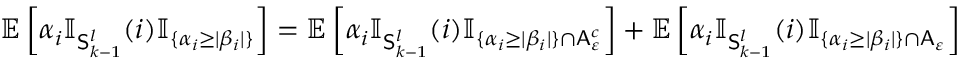
\mathbb { E } \left[ \alpha _ { i } \mathbb { I } _ { \mathsf { S } _ { k - 1 } ^ { l } } ( i ) \mathbb { I } _ { \{ \alpha _ { i } \geq | \beta _ { i } | \} } \right] = \mathbb { E } \left[ \alpha _ { i } \mathbb { I } _ { \mathsf { S } _ { k - 1 } ^ { l } } ( i ) \mathbb { I } _ { \{ \alpha _ { i } \geq | \beta _ { i } | \} \cap \mathsf { A } _ { \varepsilon } ^ { c } } \right] + \mathbb { E } \left[ \alpha _ { i } \mathbb { I } _ { \mathsf { S } _ { k - 1 } ^ { l } } ( i ) \mathbb { I } _ { \{ \alpha _ { i } \geq | \beta _ { i } | \} \cap \mathsf { A } _ { \varepsilon } } \right]